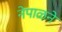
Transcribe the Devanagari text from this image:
नेपाळने